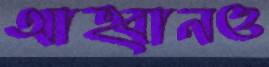
আহ্বানও